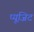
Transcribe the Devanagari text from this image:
प्यूजिट